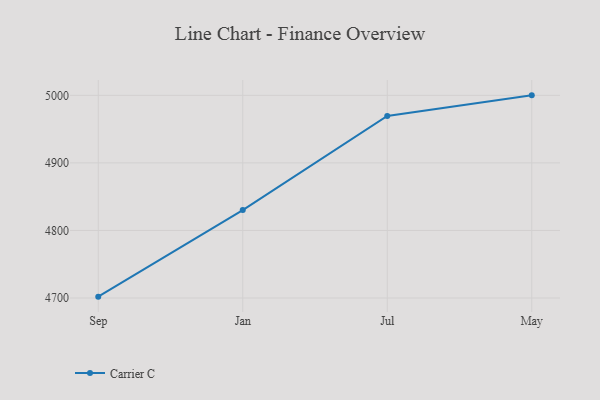
{"axis": {"x": "Month", "y": "Budget (USD K)"}, "legend": ["Carrier C"], "data": [{"x": "Sep", "y": 4702.0, "type": "Carrier C"}, {"x": "Jan", "y": 4830.1, "type": "Carrier C"}, {"x": "Jul", "y": 4969.4, "type": "Carrier C"}, {"x": "May", "y": 5000, "type": "Carrier C"}]}